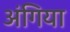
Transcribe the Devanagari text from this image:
अंगिया